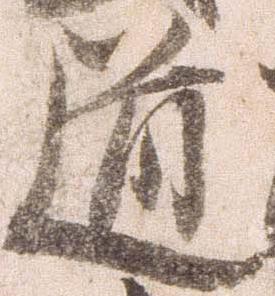
道